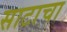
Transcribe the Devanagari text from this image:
साटाचा